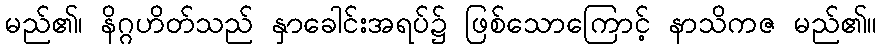
မည်၏၊ နိဂ္ဂဟိတ်သည် နှာခေါင်းအရပ်၌ ဖြစ်သောကြောင့် နာသိကဇ မည်၏။